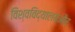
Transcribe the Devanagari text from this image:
विश्वविद्यालयऔर